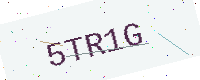
Text: 5TR1G